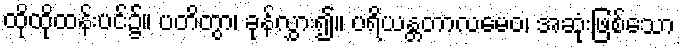
ထိုထိုထန်းပင်၌။ ပတိတွာ၊ ခုန်လွှား၍။ ပရိယန္တတာလမေဝ၊ အဆုံးဖြစ်သော